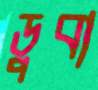
ডুবা